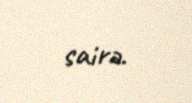
sairə.